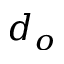
d _ { o }